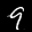
Label: 9